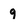
Character: g